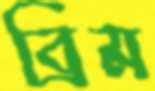
ব্রিম